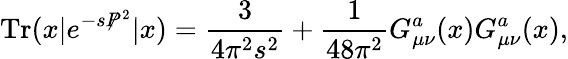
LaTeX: \mathrm{Tr}(x|e^{-s\not{P}^{2}}|x)={\frac{3}{4\pi^{2}s^{2}}}+{\frac{1}{48\pi^{2}}}G_{\mu\nu}^{a}(x)G_{\mu\nu}^{a}(x),